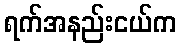
ရက်အနည်းငယ်က